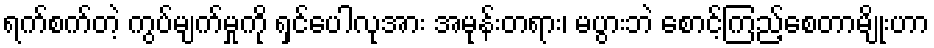
ရက်စက်တဲ့ ကွပ်မျက်မှုကို ရှင်ပေါလုအား အမုန်းတရား၊ မပွားဘဲ စောင့်ကြည့်စေတာမျိုးဟာ